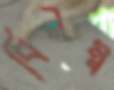
বিলম্ব